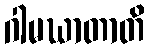
ဂါမဃာတာတိ